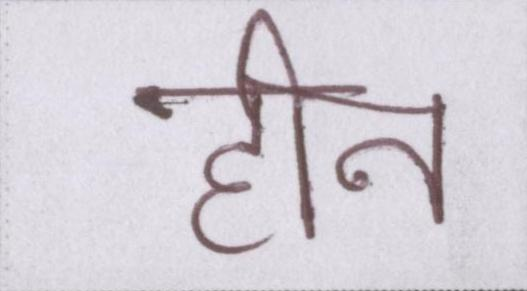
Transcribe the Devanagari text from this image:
हीन